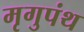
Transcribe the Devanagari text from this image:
मृगुपंथ